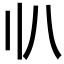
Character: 𠔂